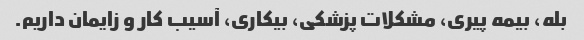
بله، بیمه پیری، مشکلات پزشکی، بیکاری، آسیب کار و زایمان داریم.